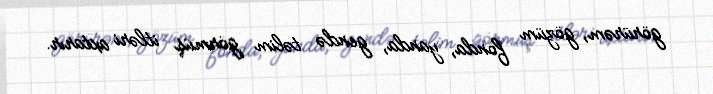
görürəm, gözüm fonda, yanda, gendə təlim görmüş itləri axtarır.